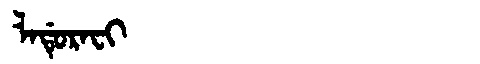
Manchu: ᠯᠠᡩᡠᡵᠠᠸᡳ
Romanization: LADURAFI